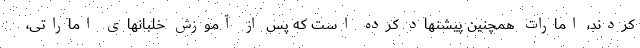
کردند، امارات همچنین پیشنهاد کرده است که پس از آموزش خلبانهای اماراتی،